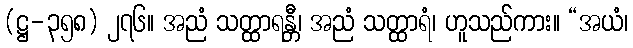
(ဋ္ဌ-၃၅၈) ၂၇၆။ အညံ သတ္ထာရန္တီ၊ အညံ သတ္ထာရံ၊ ဟူသည်ကား။ “အယံ၊